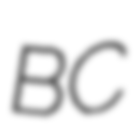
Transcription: BC